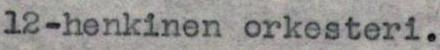
12-henkinen orkesteri.